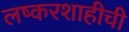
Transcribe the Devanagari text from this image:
लष्करशाहीची